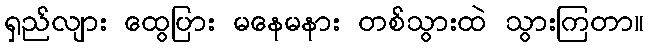
ရှည်လျား ထွေပြား မနေမနား တစ်သွားထဲ သွားကြတာ။